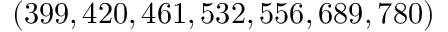
( 3 9 9 , 4 2 0 , 4 6 1 , 5 3 2 , 5 5 6 , 6 8 9 , 7 8 0 )